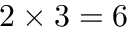
2 \times 3 = 6